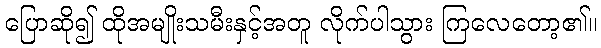
ပြောဆို၍ ထိုအမျိုးသမီးနှင့်အတူ လိုက်ပါသွား ကြလေတော့၏။